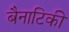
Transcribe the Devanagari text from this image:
बैनाटिकी